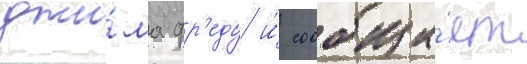
джи́ма фр'еду и́ сообща́ет